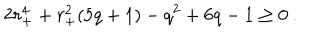
2 r _ { + } ^ { 4 } + r _ { + } ^ { 2 } ( 5 q + 1 ) - q ^ { 2 } + 6 q - 1 \ge 0 \ .